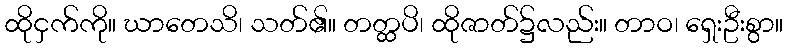
ထိုငှက်ကို။ ဃာတေသိ၊ သတ်၏။ တတ္ထပိ၊ ထိုဇာတ်၌လည်း။ တာဝ၊ ရှေးဦးစွာ။